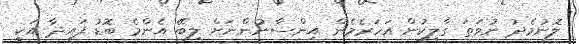
ލޮނުމެދު ނުވަތަ ގާލިކުން އަހަރެމެން އިންސާނުންނަށް ލިބޭ އެންމެ ބޮޑު ފައިދާ އަކީ